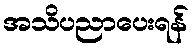
အသိပညာပေးရန်